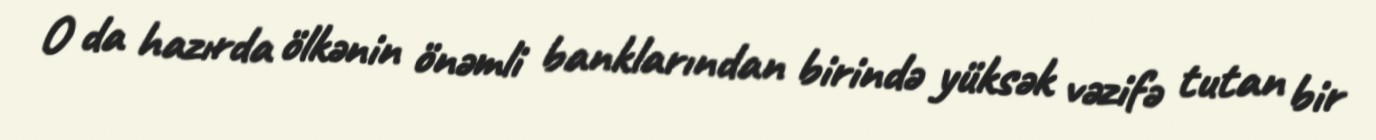
O da hazırda ölkənin önəmli banklarından birində yüksək vəzifə tutan bir